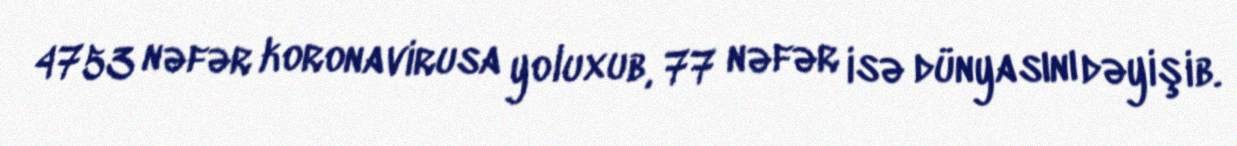
4753 nəfər koronavirusa yoluxub, 77 nəfər isə dünyasını dəyişib.